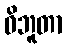
ဝိဘူတာ